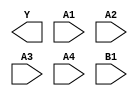
module sky130_fd_sc_lp__o41ai (
    Y ,
    A1,
    A2,
    A3,
    A4,
    B1
);

    output Y ;
    input  A1;
    input  A2;
    input  A3;
    input  A4;
    input  B1;

    // Voltage supply signals
    supply1 VPWR;
    supply0 VGND;
    supply1 VPB ;
    supply0 VNB ;

endmodule